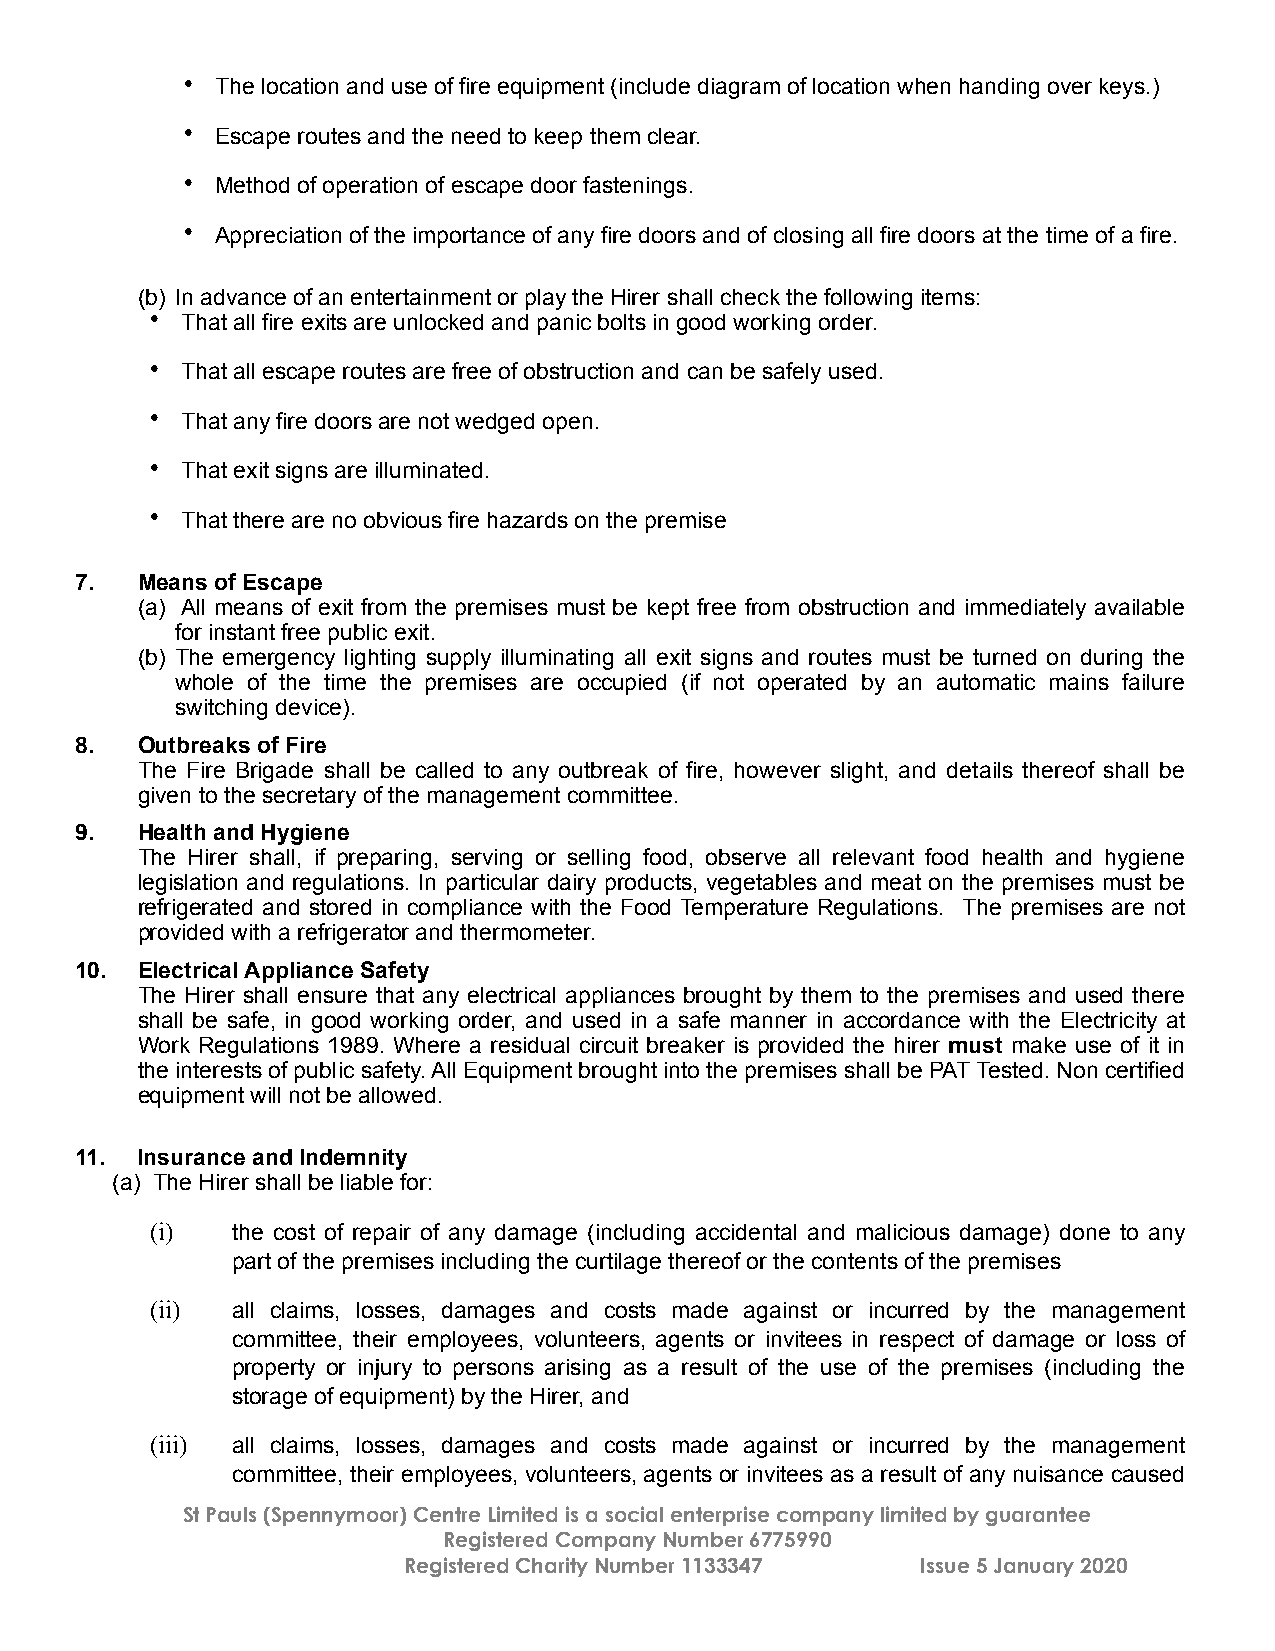
• The location and use of fire equipment (include diagram of location when handing over keys.)
 • Escape routes and the need to keep them clear.
 • Method of operation of escape door fastenings.
 • Appreciation of the importance of any fire doors and of closing all fire doors at the time of a fire.
 (b) In advance of an entertainment or play the Hirer shall check the following items:
 • That all fire exits are unlocked and panic bolts in good working order.
 • That all escape routes are free of obstruction and can be safely used.
 • That any fire doors are not wedged open.
 • That exit signs are illuminated.
 • That there are no obvious fire hazards on the premise
 7.  Means of Escape
 (a) All means of exit from the premises must be kept free from obstruction and immediately available
 for instant free public exit.
 (b) The emergency lighting supply illuminating all exit signs and routes must be turned on during the
 whole of the time the premises are occupied (if not operated by an automatic mains failure
 switching device).
 8.  Outbreaks of Fire
 The Fire Brigade shall be called to any outbreak of fire, however slight, and details thereof shall be
 given to the secretary of the management committee.
 9.  Health and Hygiene
 The Hirer shall, if preparing, serving or selling food, observe all relevant food health and hygiene
 legislation and regulations. In particular dairy products, vegetables and meat on the premises must be
 refrigerated and stored in compliance with the Food Temperature Regulations. The premises are not
 provided with a refrigerator and thermometer.
 10. Electrical Appliance Safety
 The Hirer shall ensure that any electrical appliances brought by them to the premises and used there
 shall be safe, in good working order, and used in a safe manner in accordance with the Electricity at
 Work Regulations 1989. Where a residual circuit breaker is provided the hirer must make use of it in
 the interests of public safety. All Equipment brought into the premises shall be PAT Tested. Non certified
 equipment will not be allowed.
 11. Insurance and Indemnity
 (a) The Hirer shall be liable for:
 (i)  the cost of repair of any damage (including accidental and malicious damage) done to any
 part of the premises including the curtilage thereof or the contents of the premises
 (ii) all claims, losses, damages and costs made against or incurred by the management
 committee, their employees, volunteers, agents or invitees in respect of damage or loss of
 property or injury to persons arising as a result of the use of the premises (including the
 storage of equipment) by the Hirer, and
 (iii) all claims, losses, damages and costs made against or incurred by the management
 committee, their employees, volunteers, agents or invitees as a result of any nuisance caused
 St Pauls (Spennymoor) Centre Limited is a social enterprise company limited by guarantee
 Registered Company Number 6775990
 Registered Charity Number 1133347 Issue 5 January 2020